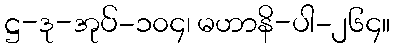
ဋ္ဌ-ဒု-အုပ်-၁၀၄၊ မဟာနိ-ပါ-၂၆၄။